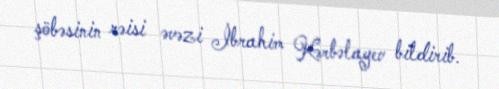
şöbəsinin rəisi əvəzi İbrahim Kərbəlayev bildirib.